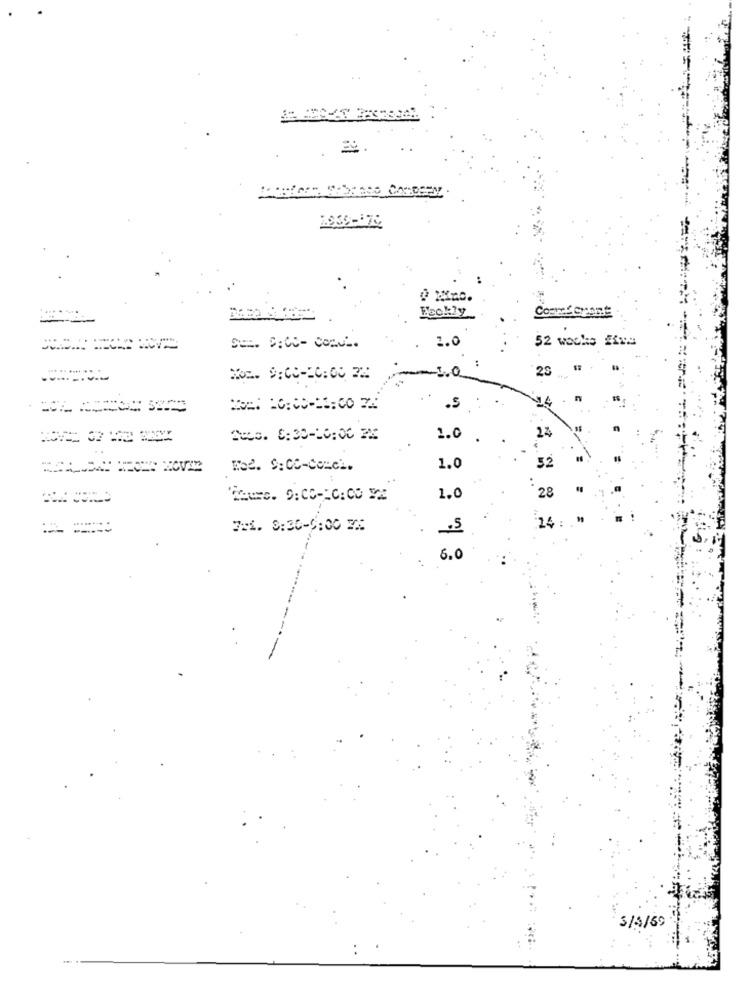
0 Mins.
.... ....
Beckly
1.0
52 wocks #xa
DE. S:CC- CONVL.
.0
20
Nos. 9:00-16:00 22
.5
24
Sus. 8:30-16:00 22
1.0
52
Wee. S:CC-COLci.
1.0
28
Cours. 0:00-10:00 VE
1,0
-- -----
7:1. 8:30-0:00 2:
-5
14
5.0
3/4/69